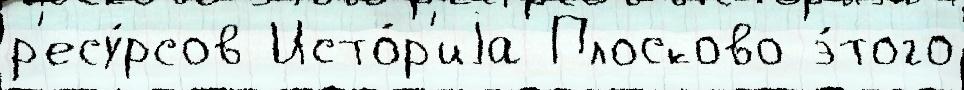
р'есу́рсов Исто́р'иjа Плосково э́того